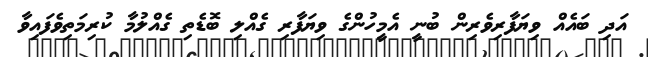
އަދި ބައެއް ވިޔަފާރިވެރިން ބުނީ އެމީހުންގެ ވިޔަފާރި ގެއްލި ބޮޑެތި ގެއްލުމާ ކުރިމަތިވެފައިވާ